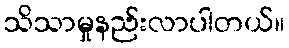
သိသာမှုနည်းလာပါတယ်။